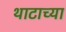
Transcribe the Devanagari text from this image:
थाटाच्या